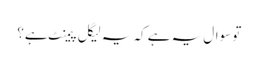
تو سوال یہ ہے کہ یہ لیگل پیمنٹ ہے؟